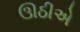
ઊઠીએ